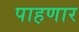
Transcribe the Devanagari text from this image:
पाहणार